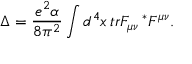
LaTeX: \Delta = \frac { e ^ { 2 } \alpha } { 8 \pi ^ { 2 } } \int d ^ { 4 } x \, t r F _ { \mu \nu } \, ^ { * } F ^ { \mu \nu } .